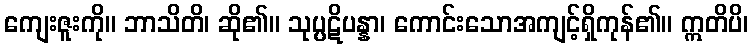
ကျေးဇူးကို။ ဘာသိတိ၊ ဆို၏။ သုပ္ပဋိပန္နာ၊ ကောင်းသောအကျင့်ရှိကုန်၏။ ဣတိပိ၊